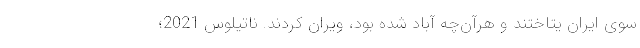
سوی ایران یتاختند و هرآن‌چه آباد شده بود، ویران کردند. ناتیلوس 2021؛